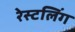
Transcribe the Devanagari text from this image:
रेस्टलिंग